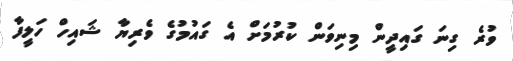
ވުރެ ގިނަ ގައިދީން މިނިވަން ކުރުމަށް އެ ގައުމުގެ ވެރިޔާ ޝައިހް ހަލީފާ